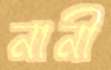
নানী